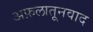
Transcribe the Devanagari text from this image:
अफ़लातूनवाद